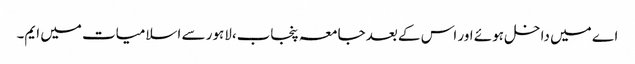
اے میں داخل ہوئے اور اس کے بعد جامعہ پنجاب،لاہور سے اسلامیات میں ایم۔